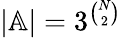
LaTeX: |\mathbb{A}|=3^{\binom{N}{2}}